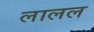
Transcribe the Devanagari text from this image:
लालल